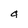
Character: 4